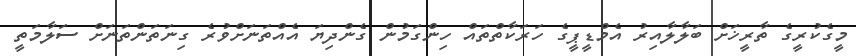
މީގެކުރީގެ ތާރީޚަށް ބަލާލާއިރު އެމްޑީޕީގެ ހަރަކާތްތައް ހިންގަމުން ގެންދިޔަ އެއްތަނަށްވުރެ ގިނަތަންތަނަށް ސަލާމަތީ